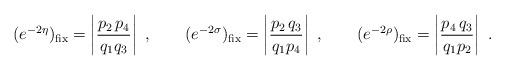
\begin{align*}(e^{-2 \eta})_{\rm fix} =\left | \frac{p_2 \, p_4}{q_1 q_3}\right | \ ,\qquad (e^{-2\sigma})_{\rm fix} =\left | \frac{p_2 \, q_3}{q_1 p_4}\right| \ , \qquad (e^{-2\rho})_{\rm fix} =\left | \frac{p_4 \, q_3}{q_1 p_2}\right| \ .\end{align*}